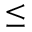
\leq